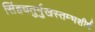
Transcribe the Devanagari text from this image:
सिंहचतुर्मुखस्तम्भशीर्ष